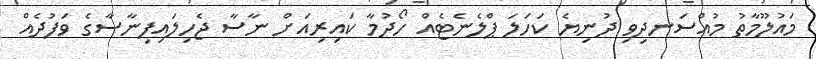
މައުލޫމާތު މުއްސަނދިވި ދުނިޔެ ކަހަލަ ޕްލެނެޓެއް ހޯދުމާ ކައިރިއަށް ނާސާ ޖެހިލައިފިނާސާގެ ވަފުދެއް